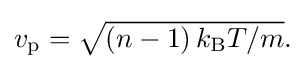
{\textstyle v_{\text{p}}={\sqrt {\left(n-1\right)k_{\text{B}}T/m}}.}